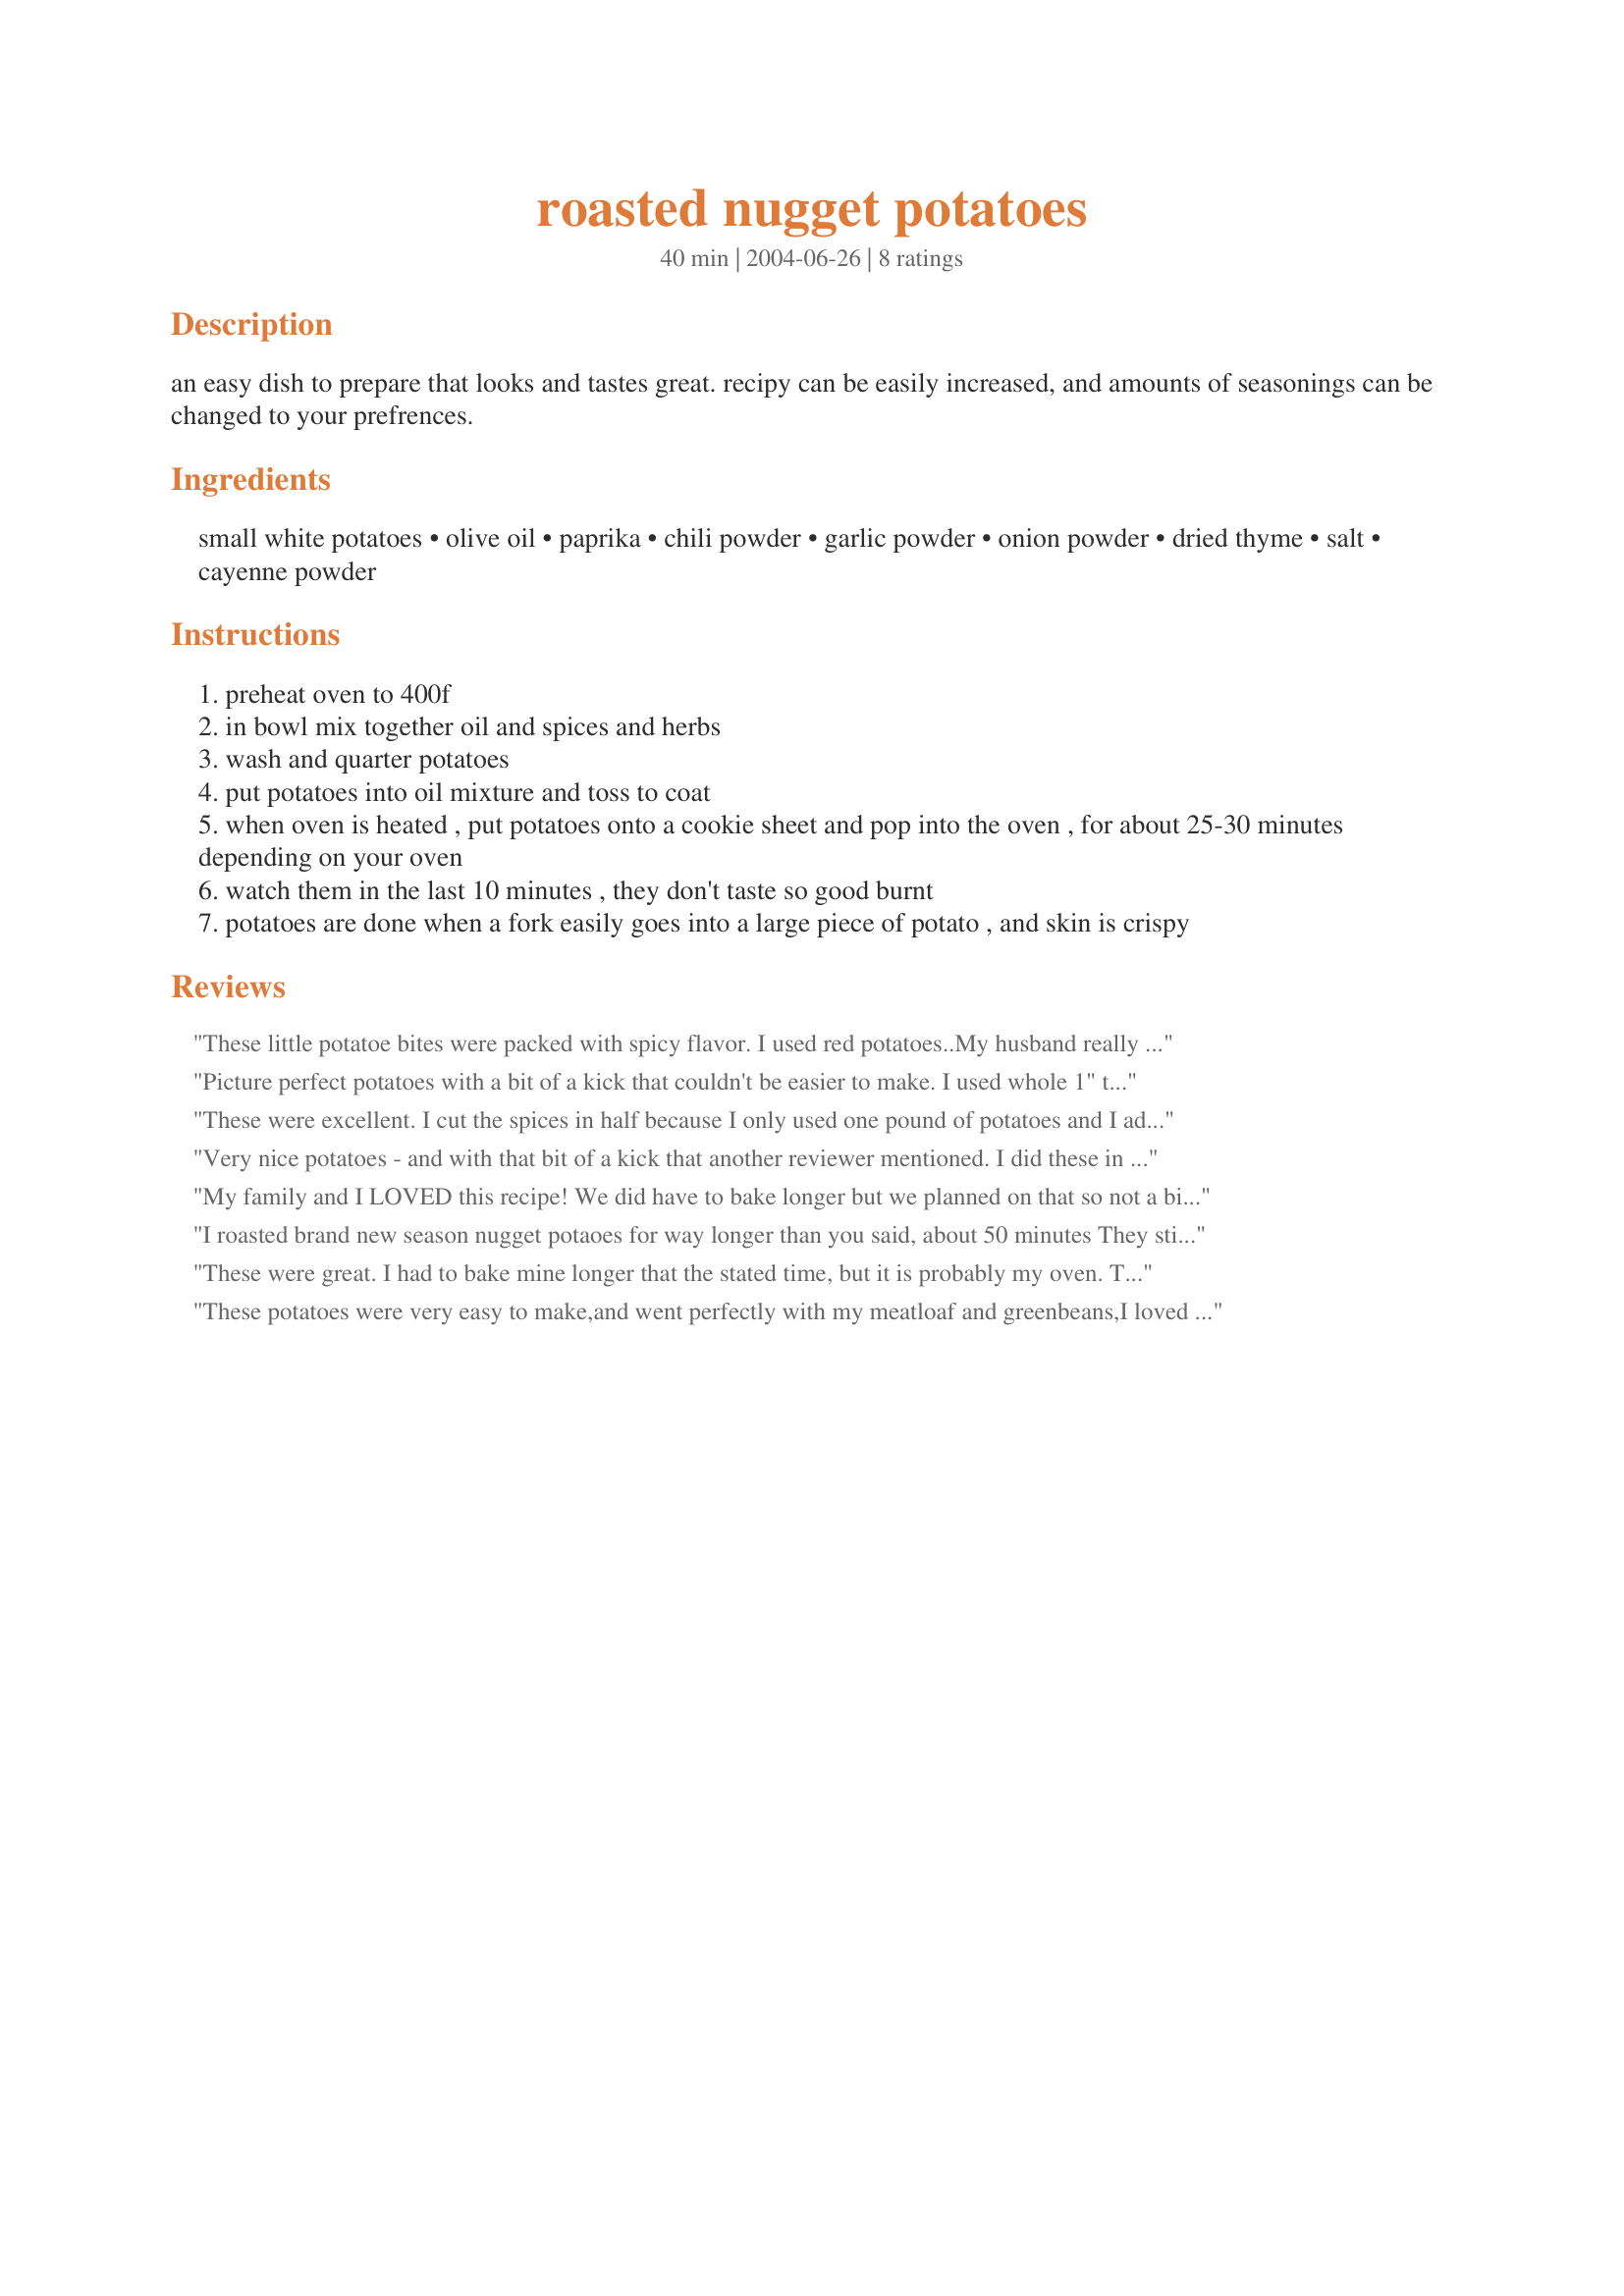
roasted nugget potatoes
Preparation time: 40 minutes

an easy dish to prepare that looks and tastes great. recipy can be easily increased, and amounts of seasonings can be changed to your prefrences.

Ingredients:
small white potatoes, olive oil, paprika, chili powder, garlic powder, onion powder, dried thyme, salt, cayenne powder

Steps:
preheat oven to 400f
in bowl mix together oil and spices and herbs
wash and quarter potatoes
put potatoes into oil mixture and toss to coat
when oven is heated , put potatoes onto a cookie sheet and pop into the oven , for about 25-30 minutes depending on your oven
watch them in the last 10 minutes , they don't taste so good burnt
potatoes are done when a fork easily goes into a large piece of potato , and skin is crispy

Reviews:
These little potatoe bites were packed with spicy flavor. I used red potatoes..My husband really liked these potatoes. Went well with our dinner of Puerto rican Pernil#115565,with sauce #31020 and Southern style baked beans #113542 and dessert#37143Dutch apple pie..I will be making these potatoes again..Thank U....
Picture perfect potatoes with a bit of a kick that couldn't be easier to make. I used whole 1" to 1 1/2" diam new potatoes and they roasted in the recommended 25 minutes. These would be great with a little guacamole or sour cream on the side.
These were excellent. I cut the spices in half because I only used one pound of potatoes and I added 1/4 tsp. of cumin. I used a 1/2 lb. of new red and a 1/2 pound of new yukon gold potatoes. I didn't have the cayenne so I added hot sauce in with the olive oil and I also added some chili oil. I was already baking something @ 375 degrees so I left the potatoes in for about 45 minutes. I also added a medium onion sliced. I will definately be making these again and again.
Very nice potatoes - and with that bit of a kick that another reviewer mentioned. I did these in an aluminum tray over the BBQ and they were not ready after 30 mins (probably the BBQ wasn't hot enough)... so I popped them into a microwavable dish & cooked 2 mins in the microwave - turned out perfect! Next time I will start them earlier!
My family and I LOVED this recipe! We did have to bake longer but we planned on that so not a big deal. Thanks for such a great recipe.
I roasted brand new season nugget potaoes for way longer than you said, about 50 minutes They still came out hard and flavorless. I suggest they should be (par)boiled and then flavored and roasted just like all the other nugget recipes
These were great. I had to bake mine longer that the stated time, but it is probably my oven. Thanks for posting.
These potatoes were very easy to make,and went perfectly with my meatloaf and greenbeans,I loved the spices on them.Thanks,Darlene
